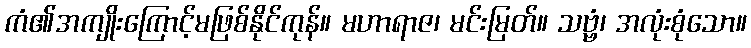
ကံ၏အကျိုးကြောင့်မဖြစ်နိုင်ကုန်။ မဟာရာဇ၊ မင်းမြတ်။ သဗ္ဗံ၊ အလုံးစုံသော။